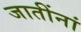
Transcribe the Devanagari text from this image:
जातींनां